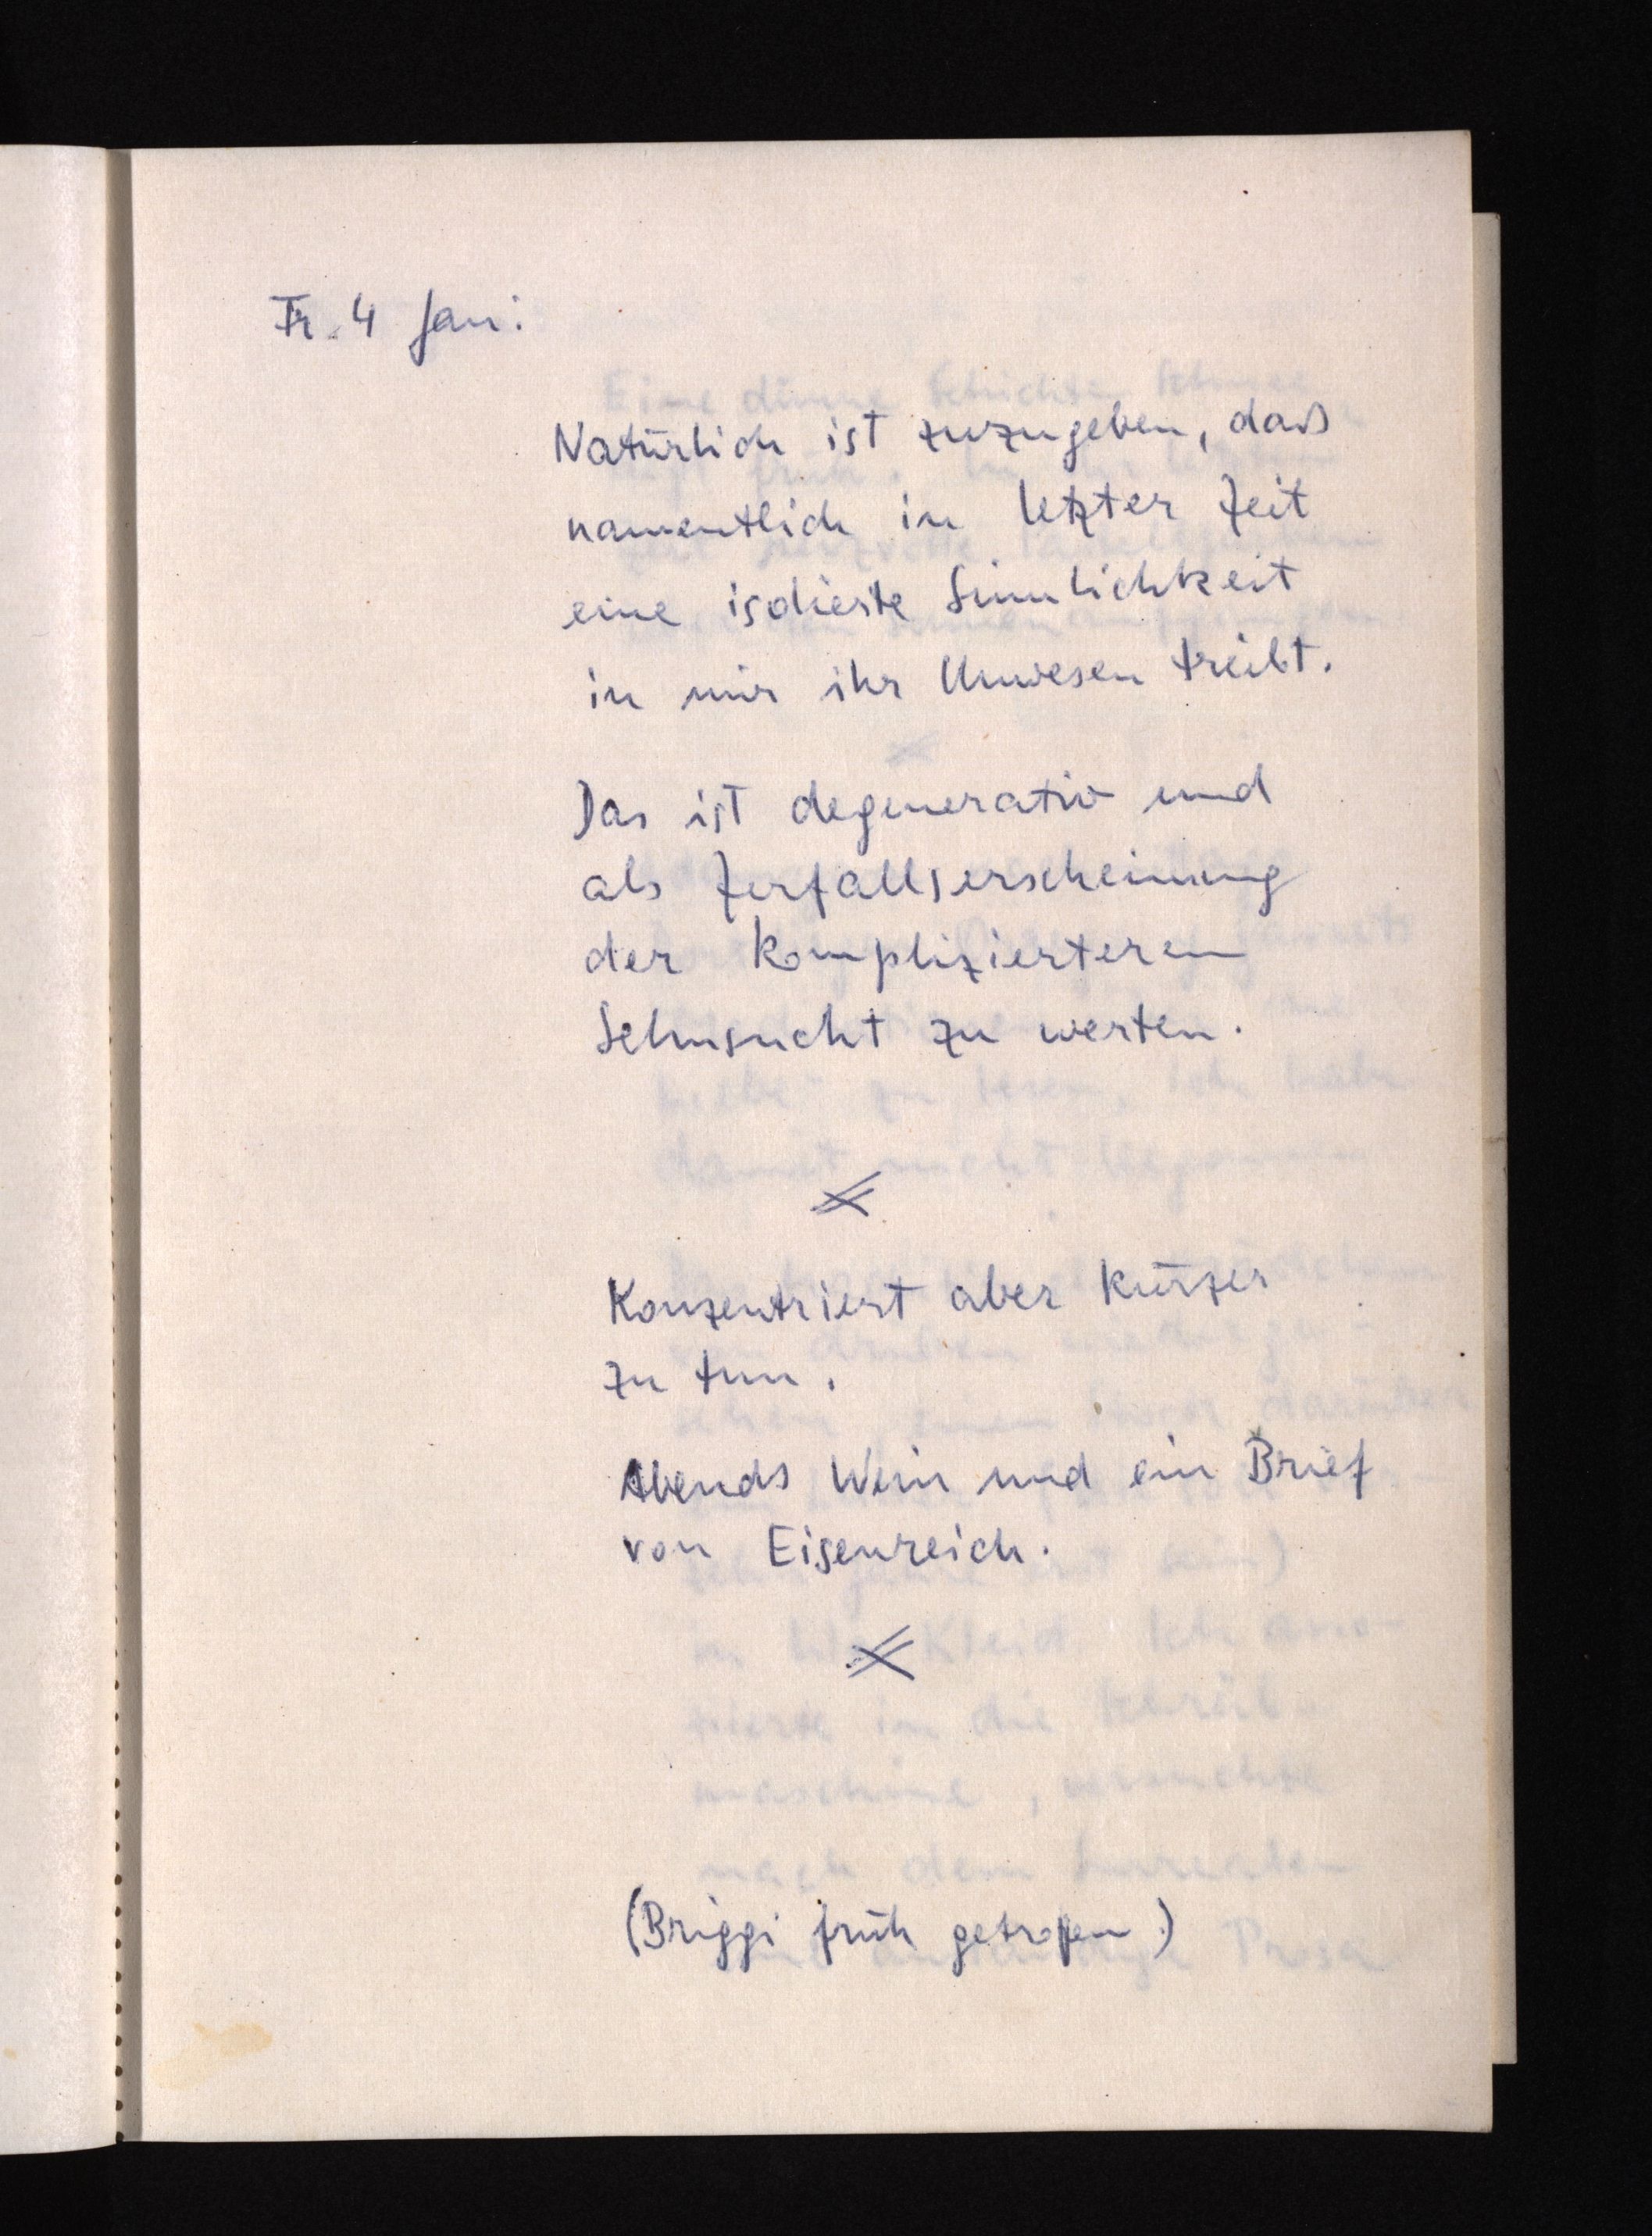
Fr 4 Jan:
Natürlich ist zuzugeben, daß
namentlich in letzter Zeit
eine isolierte Sinnlichkeit
in mir ihr Unwesen treibt.
Das ist degenerativ und
als Zufallserscheinung
der komplizierteren
Sehnsucht zu werten.
Konzentriert aber kürzer
zu tun.
Abends Wein und ein Brief
von Eisenreich.
(Briggi früh getroffen.)